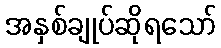
အနှစ်ချုပ်ဆိုရသော်